system: You are a helpful assistant.
user:
Analyze the provided spectrum to determine if it is a **M-type Giant (gM)**.

A M-type Giant spectrum is defined by its **strong molecular absorption** features, particularly from **Titanium Oxide (TiO)**. You must check for one of the following mutually exclusive signatures:

- **Key Visual Indicators (Absorption-Dominated Spectrum):**

    - **(Primary):** The spectrum is dominated by strong molecular absorption from **Titanium Oxide (TiO)**. This is the **defining feature** of its M-type temperature class.
        - **(Key Bandheads):** Look for sharp, "saw-tooth" absorption valleys. The strongest are located near **~7050 Å**, **~6160 Å**, and **~5170 Å**.
        - **(Line Profile):** The "saw-tooth" morphology is critical: a **sharp, steep drop on the BLUE (short-wavelength) side** of the bandhead, followed by a gradual recovery (rising flux) towards the RED (long-wavelength) side.

    - **(Key Confirmation - Giant vs. Dwarf):** **ABSENCE** of strong **Calcium Hydride (CaH)** molecular bands. This is the primary diagnostic for *excluding* M-dwarfs.
        - **(Key Region):** The spectrum should lack the strong, broad absorption band seen in dwarfs between **~6800 Å and ~7000 Å**.

    - **(Secondary Confirmation - Giant):** A very strong and broad **Neutral Calcium (Ca I)** atomic absorption line.
        - **(Key Line):** Located at **~4226 Å**. In a giant (gM), this line is significantly deeper and broader than the same line in an M-dwarf (dM) due to low surface gravity.

    - **(Overall Spectrum):**
        - The continuum is **extremely red-sloping** (i.e., flux is very low in the blue and rises dramatically towards the red).
        - The entire spectrum appears "chopped up" by the deep TiO bands.

Think first, call **spectral_visualization_tool** if needed to examine features in detail, then provide your final answer. Your response must adhere to the following strict rules:
1.  **Overall Structure:** Your response must follow the format `<think>...</think> <tool_call>...</tool_call> (if a tool is used) <answer>...</answer>`.
2.  **Tool Usage Constraint:** You may only make **one** tool call per turn.
3.  **Final Answer Format:** In the `<answer>` tag, your conclusion must be inside a `\boxed{}` command (e.g., `\boxed{YES}` or `\boxed{NO}`), followed by your justification.

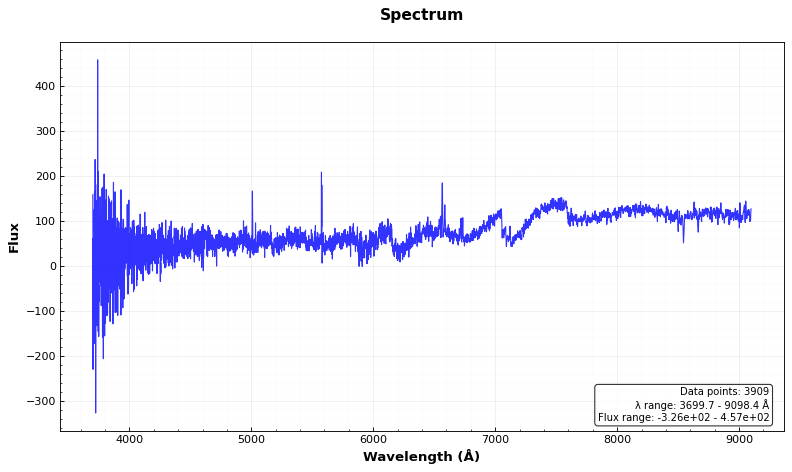
Answer: YES